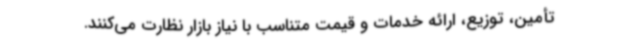
تأمین، توزیع، ارائه خدمات و قیمت متناسب با نیاز بازار نظارت می‌کنند.